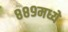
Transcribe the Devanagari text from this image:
८८९मध्ये